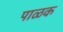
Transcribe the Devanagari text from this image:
पाळक